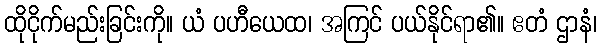
ထိုငိုက်မည်းခြင်းကို။ ယံ ပဟီယေထ၊ အကြင် ပယ်နိုင်ရာ၏။ ဧတံ ဌာနံ၊